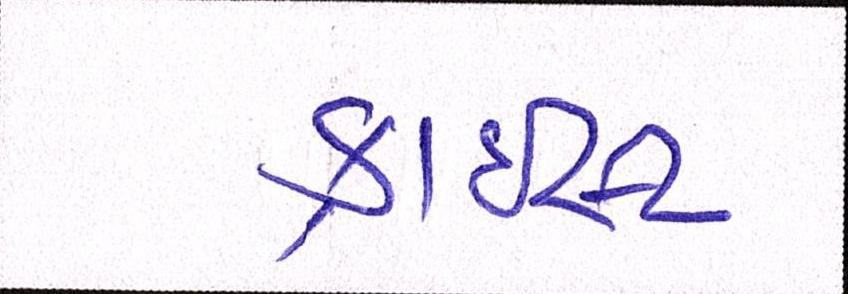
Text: ક્રાઇસ્ટ